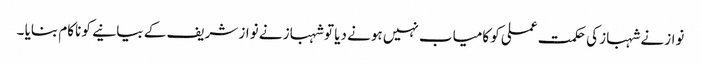
نوازنے شہباز کی حکمت عملی کو کامیاب نہیں ہونے دیا تو شہباز نے نواز شریف کے بیانیے کو ناکام بنایا ۔